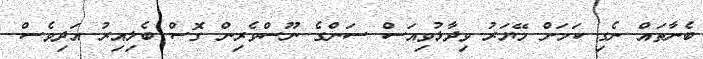
ބެނާތައް ނެގި ކަމަށް މޭޔަރު ވިދާޅުވިއަސް ސަންގެ ނޫސްވެރިން ގޮސް ބެލިއިރު އަދިވެސް